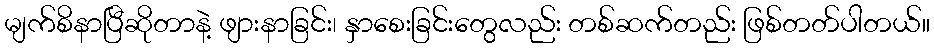
မျက်စိနာပြီဆိုတာနဲ့ ဖျားနာခြင်း၊ နှာစေးခြင်းတွေလည်း တစ်ဆက်တည်း ဖြစ်တတ်ပါတယ်။